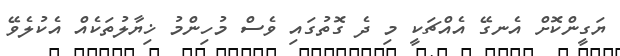
ޔަގީންކޮށް އެނގޭ އެއްޗަކީ މި ދެ ގޮތުގައި ވެސް މުހިންމު ޚިޔާލުތަކެއް އެކުލެވޭ